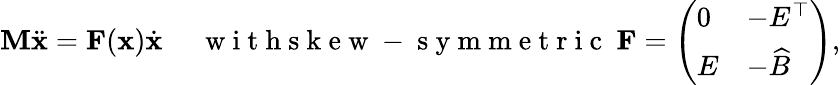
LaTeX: \mathbf{M}\ddot{\mathbf{x}}=\mathbf{F}(\mathbf{x})\dot{\mathbf{x}}\quad\ \mathrm{~w~i~t~h~s~k~e~w~-~s~y~m~m~e~t~r~i~c~}\ \mathbf{F}=\left(\begin{array}{ll}{0}&{-E^{\top}}\\ {E}&{-\widehat{B}}\end{array}\right),